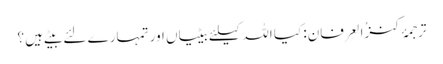
ترجمۂ کنزُالعِرفان: کیا اللہ کیلئے بیٹیاں اور تمہارے لئے بیٹے ہیں ؟